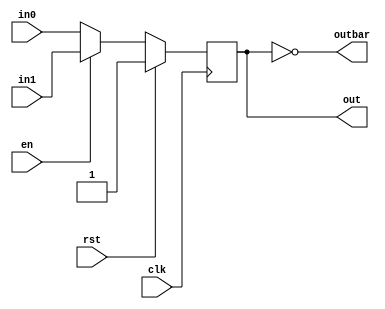
`timescale 1ns / 1ps
//////////////////////////////////////////////////////////////////////////////////
// Company: 
// Engineer: 
// 
// Design Name: 
// Module Name:    HW3_1 
// Project Name: 
// Target Devices: 
// Tool versions: 
// Description: 
//
// Dependencies: 
//
// Revision: 
// Revision 0.01 - File Created
// Additional Comments: 
//
//////////////////////////////////////////////////////////////////////////////////
module HW3_1 #(parameter SZE = 1)
	 (
	 input [SZE-1:0] in0,
	 input [SZE-1:0] in1,
	 //input  [SZE-1:0] d,
	 input en,
	 input clk,
	 input rst,
	 output reg [SZE-1:0] out,
	 output [SZE-1:0] outbar
    );
	 
	 assign outbar = ~out;
	 //assign d = en ? in1 : in0;
	 
always @(posedge clk)
begin
	if(rst) begin
		out <= {SZE{1'b1}};
	end
	
	else begin
		out <= (en ? in1 : in0);
	end
	
end

endmodule